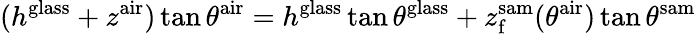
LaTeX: (h^{\mathrm{glass}}+z^{\mathrm{air}})\tan\theta^{\mathrm{air}}=h^{\mathrm{glass}}\tan\theta^{\mathrm{glass}}+z_{\mathrm{f}}^{\mathrm{sam}}(\theta^{\mathrm{air}})\tan\theta^{\mathrm{sam}}